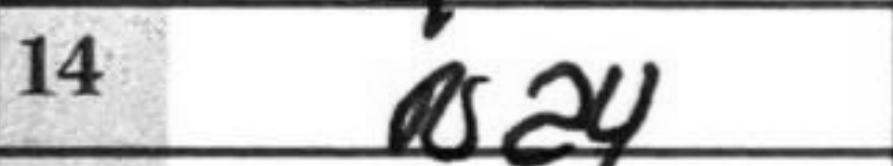
Transcription: Na4